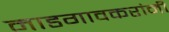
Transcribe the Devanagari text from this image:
माडगावकरांनी